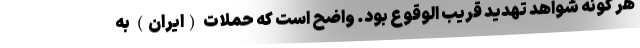
هر گونه شواهد تهدید قریب الوقوع بود. واضح است که حملات (ایران) به